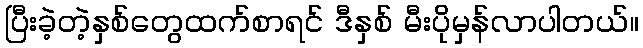
ပြီးခဲ့တဲ့နှစ်တွေထက်စာရင် ဒီနှစ် မီးပိုမှန်လာပါတယ်။